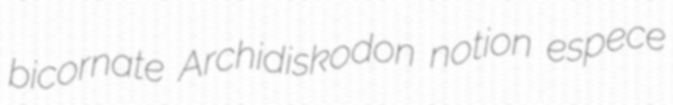
bicornate Archidiskodon notion espece